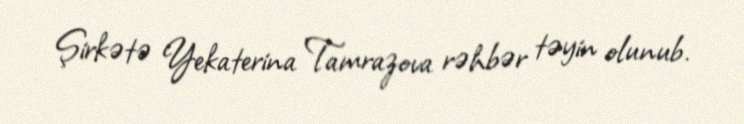
Şirkətə Yekaterina Tamrazova rəhbər təyin olunub.